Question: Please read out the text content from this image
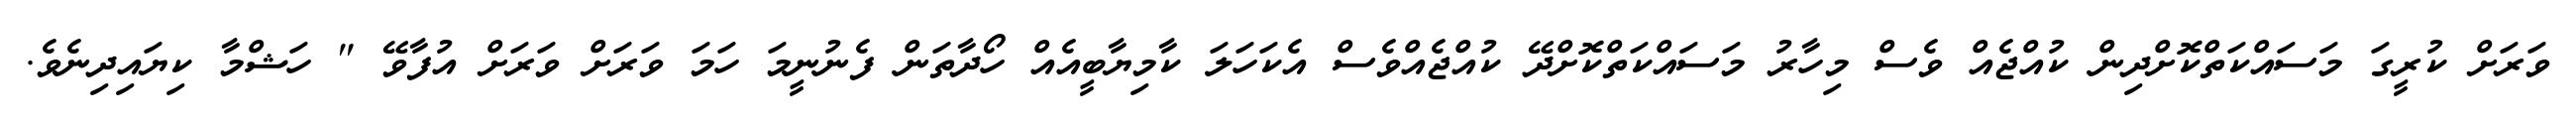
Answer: ވަރަށް ކުރީގަ މަސައްކަތްކޮށްދިން ކުއްޖެއް ވެސް މިހާރު މަސައްކަތްކޮށްދޭ ކުއްޖެއްވެސް އެކަހަލަ ކާމިޔާބީއެއް ހޯދާތަން ފެނުނީމަ ހަމަ ވަރަށް ވަރަށް އުފާވޭ " ހަޝްމާ ކިޔައިދިނެވެ.